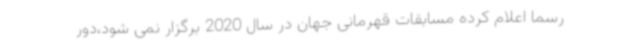
رسما اعلام کرده مسابقات قهرمانی جهان در سال 2020 برگزار نمی شود،دور